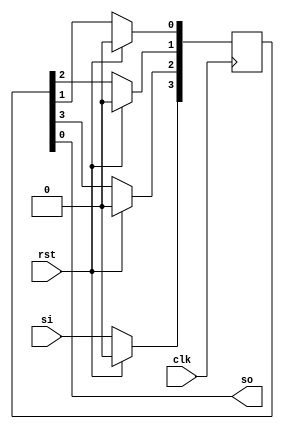
`timescale 1ns / 1ps
//////////////////////////////////////////////////////////////////////////////////
// Company: 
// Engineer: 
// 
// Design Name: 
// Module Name: siso_reg
// Project Name: 
// Target Devices: 
// Tool Versions: 
// Description: 
// 
// Dependencies: 
// 
// Revision:
// Revision 0.01 - File Created
// Additional Comments:
// 
//////////////////////////////////////////////////////////////////////////////////


module siso_reg(
    input clk,rst,
    input si,
    output so
    );
    reg [3:0]temp;
    
    always@(posedge clk)begin
    if(rst)
        temp <= 0;
    else begin
        temp[3] <= si;
        temp[2] <= temp[3];
        temp[1] <= temp[2];
        temp[0] <= temp[1];
    end
    end
    
    assign so = temp[0];
    
endmodule